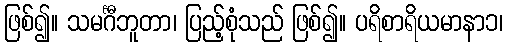
ဖြစ်၍။ သမင်္ဂီဘူတာ၊ ပြည့်စုံသည် ဖြစ်၍။ ပရိစာရိယမာနာ၁၊